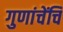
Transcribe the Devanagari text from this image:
गुणांचेंचि